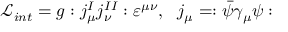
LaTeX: \mathcal { L } _ { i n t } = g : j _ { \mu } ^ { I } j _ { \nu } ^ { I I } : \varepsilon ^ { \mu \nu } , \, \, \, \, j _ { \mu } = : \bar { \psi } \gamma _ { \mu } \psi :